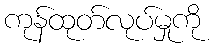
ကုန်ထုတ်လုပ်မှုကို